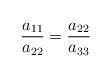
LaTeX: \begin{align*}\frac{a_{11}}{a_{22}}=\frac{a_{22}}{a_{33}}\end{align*}